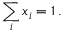
\sum _ { i } x _ { i } = 1 \, .